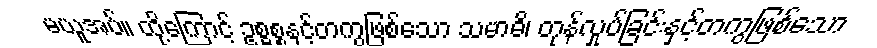
မယူအပ်။ ထို့ကြောင့် ဥစ္ဓစ္စနှင့်တကွဖြစ်သော သမာဓိ၊ တုန်လှုပ်ခြင်းနှင့်တကွဖြစ်သော